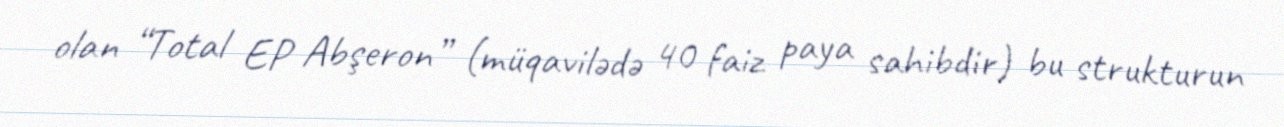
olan “Total EP Abşeron” (müqavilədə 40 faiz paya sahibdir) bu strukturun